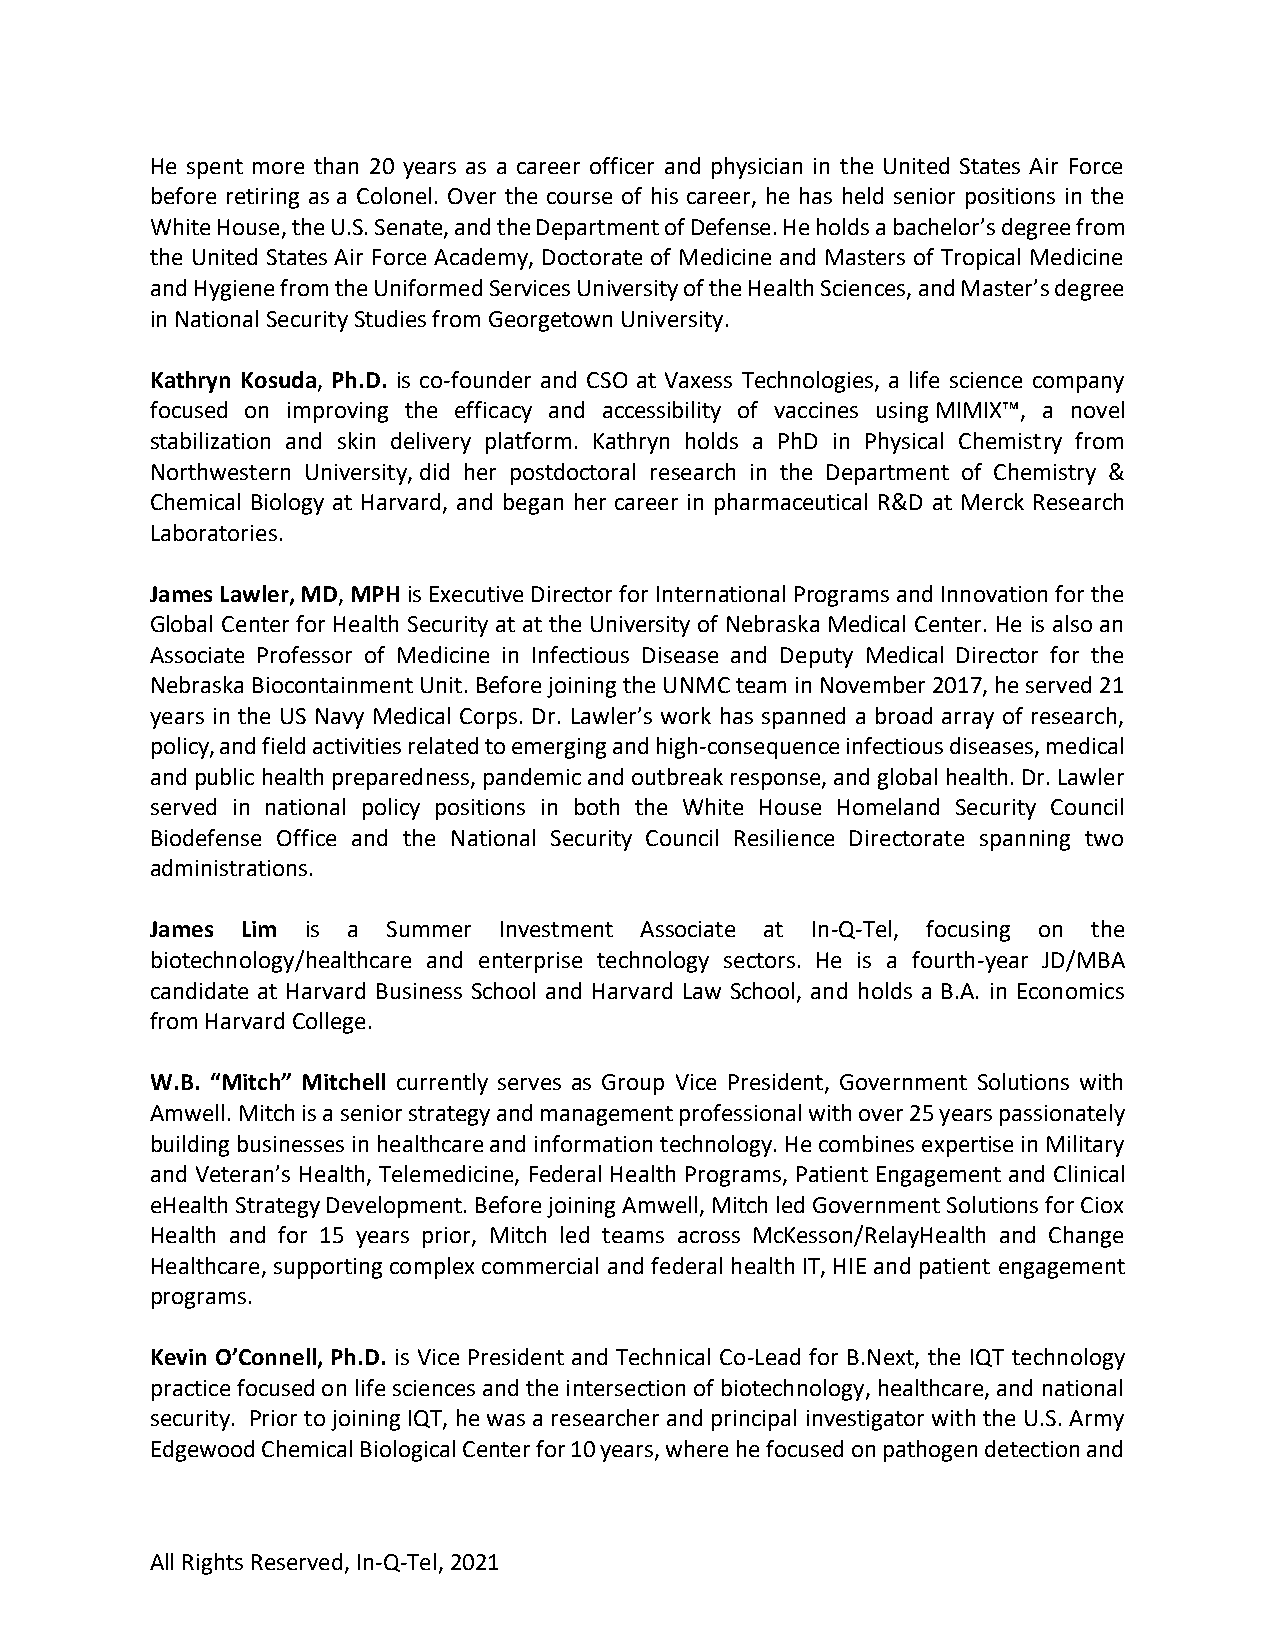
He spent more than 20 years as a career officer and physician in the United States Air Force
 before retiring as a Colonel. Over the course of his career, he has held senior positions in the
 White House, the U.S. Senate, and the Department of Defense. He holds a bachelor’s degree from
 the United States Air Force Academy, Doctorate of Medicine and Masters of Tropical Medicine
 and Hygiene from the Uniformed Services University of the Health Sciences, and Master’s degree
 in National Security Studies from Georgetown University.
 Kathryn Kosuda, Ph.D. is co-founder and CSO at Vaxess Technologies, a life science company
 focused on improving the efficacy and accessibility of vaccines using MIMIX™, a novel
 stabilization and skin delivery platform. Kathryn holds a PhD in Physical Chemistry from
 Northwestern University, did her postdoctoral research in the Department of Chemistry &
 Chemical Biology at Harvard, and began her career in pharmaceutical R&D at Merck Research
 Laboratories.
 James Lawler, MD, MPH is Executive Director for International Programs and Innovation for the
 Global Center for Health Security at at the University of Nebraska Medical Center. He is also an
 Associate Professor of Medicine in Infectious Disease and Deputy Medical Director for the
 Nebraska Biocontainment Unit. Before joining the UNMC team in November 2017, he served 21
 years in the US Navy Medical Corps. Dr. Lawler’s work has spanned a broad array of research,
 policy, and field activities related to emerging and high-consequence infectious diseases, medical
 and public health preparedness, pandemic and outbreak response, and global health. Dr. Lawler
 served in national policy positions in both the White House Homeland Security Council
 Biodefense Office and the National Security Council Resilience Directorate spanning two
 administrations.
 James Lim is a  Summer Investment Associate at In-Q-Tel, focusing on the
 biotechnology/healthcare and enterprise technology sectors. He is a fourth-year JD/MBA
 candidate at Harvard Business School and Harvard Law School, and holds a B.A. in Economics
 from Harvard College.
 W.B. “Mitch” Mitchell currently serves as Group Vice President, Government Solutions with
 Amwell. Mitch is a senior strategy and management professional with over 25 years passionately
 building businesses in healthcare and information technology. He combines expertise in Military
 and Veteran’s Health, Telemedicine, Federal Health Programs, Patient Engagement and Clinical
 eHealth Strategy Development. Before joining Amwell, Mitch led Government Solutions for Ciox
 Health and for 15 years prior, Mitch led teams across McKesson/RelayHealth and Change
 Healthcare, supporting complex commercial and federal health IT, HIE and patient engagement
 programs.
 Kevin O’Connell, Ph.D. is Vice President and Technical Co-Lead for B.Next, the IQT technology
 practice focused on life sciences and the intersection of biotechnology, healthcare, and national
 security. Prior to joining IQT, he was a researcher and principal investigator with the U.S. Army
 Edgewood Chemical Biological Center for 10 years, where he focused on pathogen detection and
 All Rights Reserved, In-Q-Tel, 2021